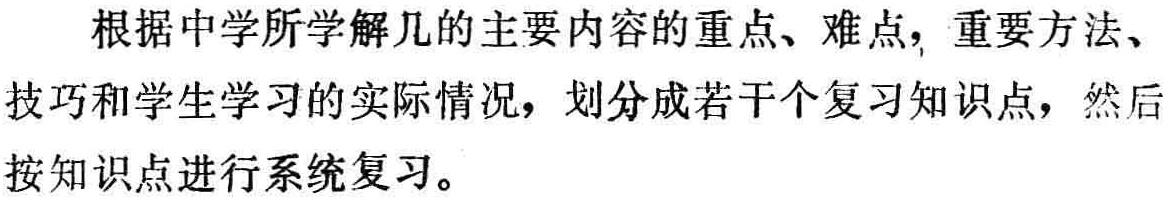
根据中学所学解几的主要内容的重点、难点，重要方法、技巧和学生学习的实际情况，划分成若干个复习知识点，然后按知识点进行系统复习。